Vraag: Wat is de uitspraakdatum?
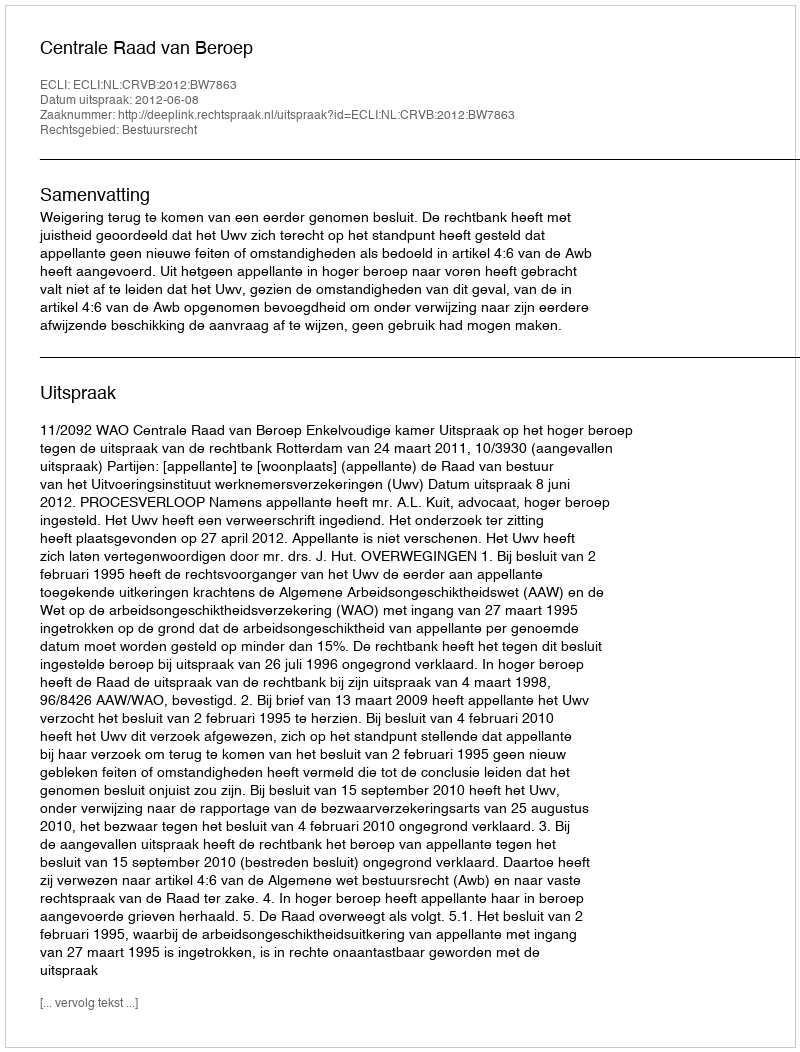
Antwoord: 2012-06-08